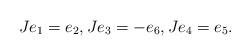
LaTeX: \begin{align*} Je_1=e_2,Je_3=-e_6,Je_4=e_5.\end{align*}